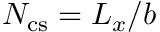
N _ { \mathrm { c s } } = L _ { x } / b